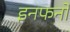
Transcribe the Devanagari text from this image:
इनफर्नो